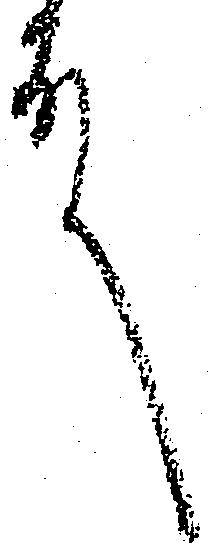
殿